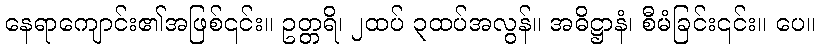
နေရာကျောင်း၏အဖြစ်၎င်း။ ဥတ္တရိ၊ ၂ထပ် ၃ထပ်အလွန်။ အဓိဋ္ဌာနံ၊ စီမံခြင်း၎င်း။ ပေ။